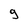
Character: 9